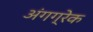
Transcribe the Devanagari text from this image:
अंगग्रेक